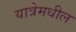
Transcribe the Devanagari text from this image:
यात्रेमधील